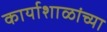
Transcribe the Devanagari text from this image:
कार्याशाळांच्या